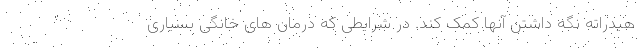
هیدراته نگه داشتن آنها کمک کند. در شرایطی که درمان های خانگی بسیاری